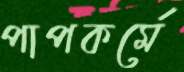
পাপকর্মে